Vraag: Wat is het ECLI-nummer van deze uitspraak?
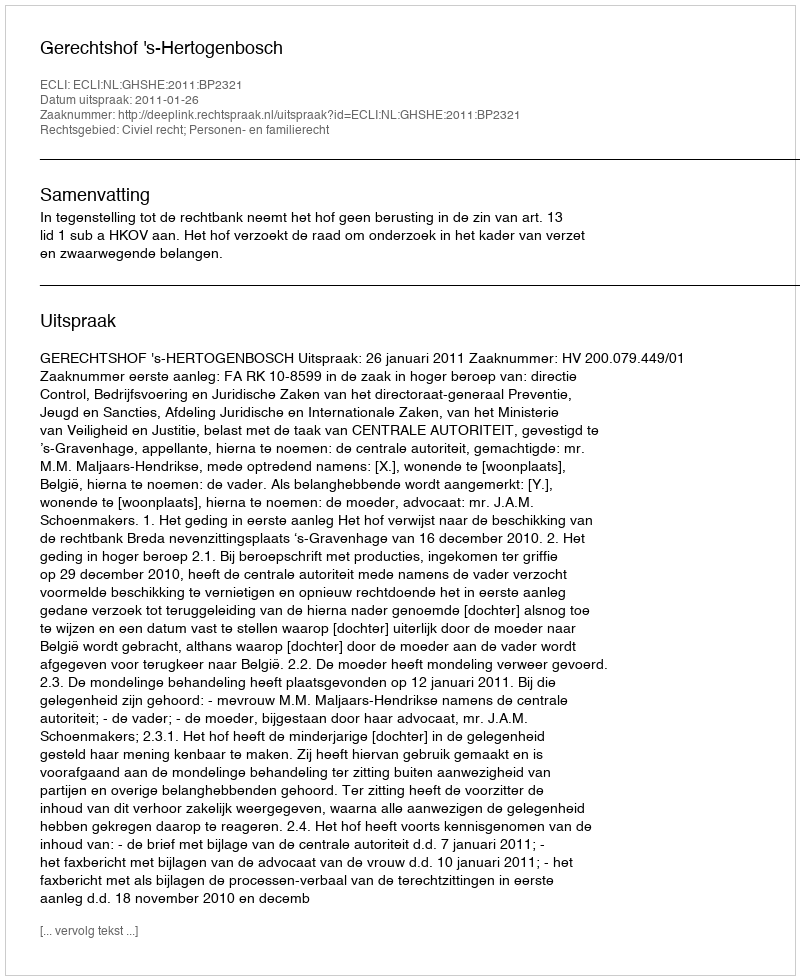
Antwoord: ECLI:NL:GHSHE:2011:BP2321